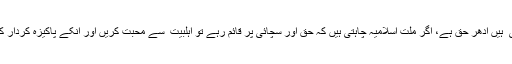
جدھر علی ؑ ہیں ادھر حق ہے، اگر ملت اسلامیہ چاہتی ہیں کہ حق اور سچائی پر قائم رہے تو اہلبیت ؑ سے محبت کریں اور انکے پاکیزہ کردار کو اپنائے ۔